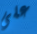
على